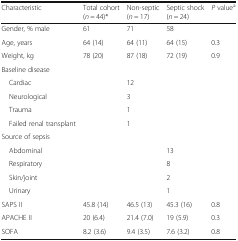
| Characteristic | Total cohort (n = 44)* | Non-septic (n = 17) | Septic shock (n = 24) | P valuea |
 | --- | --- | --- | --- | --- |
 | Gender, % male | 61 | 71 | 58 |  |
 | Age, years | 64 (14) | 64 (11) | 64 (15) | 0.3 |
 | Weight, kg | 78 (20) | 87 (18) | 72 (19) | 0.9 |
 | <COLSPAN=5> Baseline disease |
 | Cardiac |  | 12 |  | <ROWSPAN=4>  |
 | Neurological |  | 3 |  |
 | Trauma |  | 1 |  |
 | Failed renal transplant |  | 1 |  |
 | <COLSPAN=5> Source of sepsis |
 | Abdominal |  |  | 13 | <ROWSPAN=4>  |
 | Respiratory |  |  | 8 |
 | Skin/joint |  |  | 2 |
 | Urinary |  |  | 1 |
 | SAPS II | 45.8 (14) | 46.5 (13) | 45.3 (16) | 0.8 |
 | APACHE II | 20 (6.4) | 21.4 (7.0) | 19 (5.9) | 0.3 |
 | SOFA | 8.2 (3.6) | 9.4 (3.5) | 7.6 (3.2) | 0.8 |